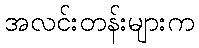
အလင်းတန်းများက